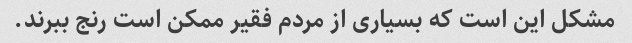
مشکل این است که بسیاری از مردم فقیر ممکن است رنج ببرند.